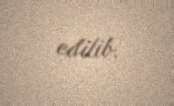
edilib.